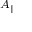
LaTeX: \scriptstyle A _ { \parallel }